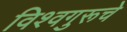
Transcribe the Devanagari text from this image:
विश्वगुरूचे